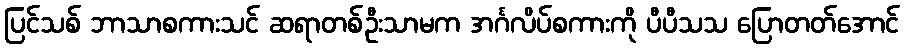
ပြင်သစ် ဘာသာစကားသင် ဆရာတစ်ဦးသာမက အင်္ဂလိပ်စကားကို ပီပီသသ ပြောတတ်အောင်